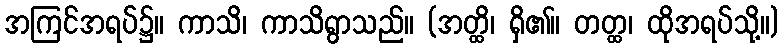
အကြင်အရပ်၌။ ကာသိ၊ ကာသိရွာသည်။ (အတ္ထိ၊ ရှိ၏။ တတ္ထ၊ ထိုအရပ်သို့။)